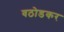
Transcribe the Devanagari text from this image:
वठोडकर